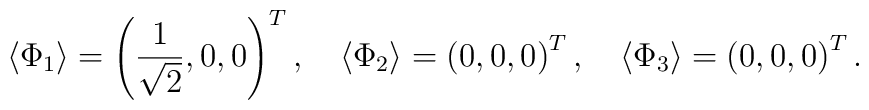
\langle \Phi_{1} \rangle = \left(          \frac{1}{\sqrt{2}}, 0, 0        \right)^T,\quad    \langle \Phi_{2} \rangle = \left(         0, 0, 0        \right)^T,\quad    \langle \Phi_{3} \rangle = \left(         0, 0, 0        \right)^T.